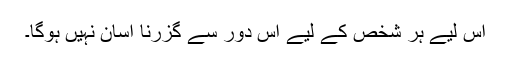
اس لیے ہر شخص کے لیے اس دور سے گزرنا آسان نہیں ہوگا۔